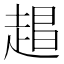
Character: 𬦏